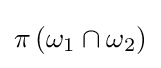
\pi \left(\omega _{1}\cap \omega _{2}\right)